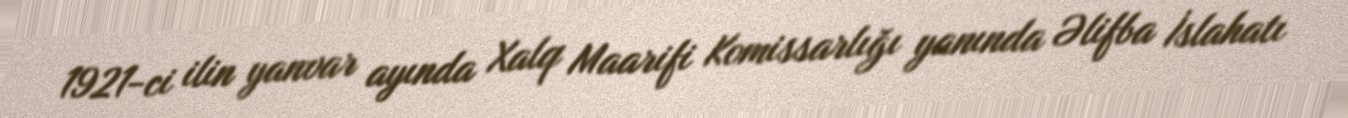
1921-ci ilin yanvar ayında Xalq Maarifi Komissarlığı yanında Əlifba İslahatı